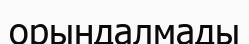
орындалмады